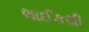
લાઈકથી